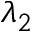
\lambda _ { 2 }